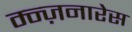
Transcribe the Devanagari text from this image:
म्न्ज़नारेस